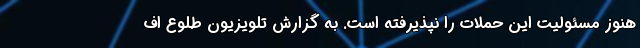
هنوز مسئولیت این حملات را نپذیرفته است. به گزارش تلویزیون طلوع اف